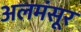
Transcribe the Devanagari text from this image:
अलमंसूर